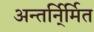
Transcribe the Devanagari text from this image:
अन्तर्नि्र्मित